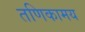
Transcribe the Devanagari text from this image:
तणिकामय